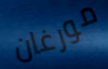
مورغان